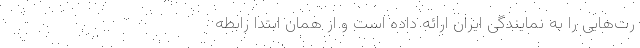
رت‌هایی را به نمایندگی ایران ارائه داده است و از همان ابتدا رابطه